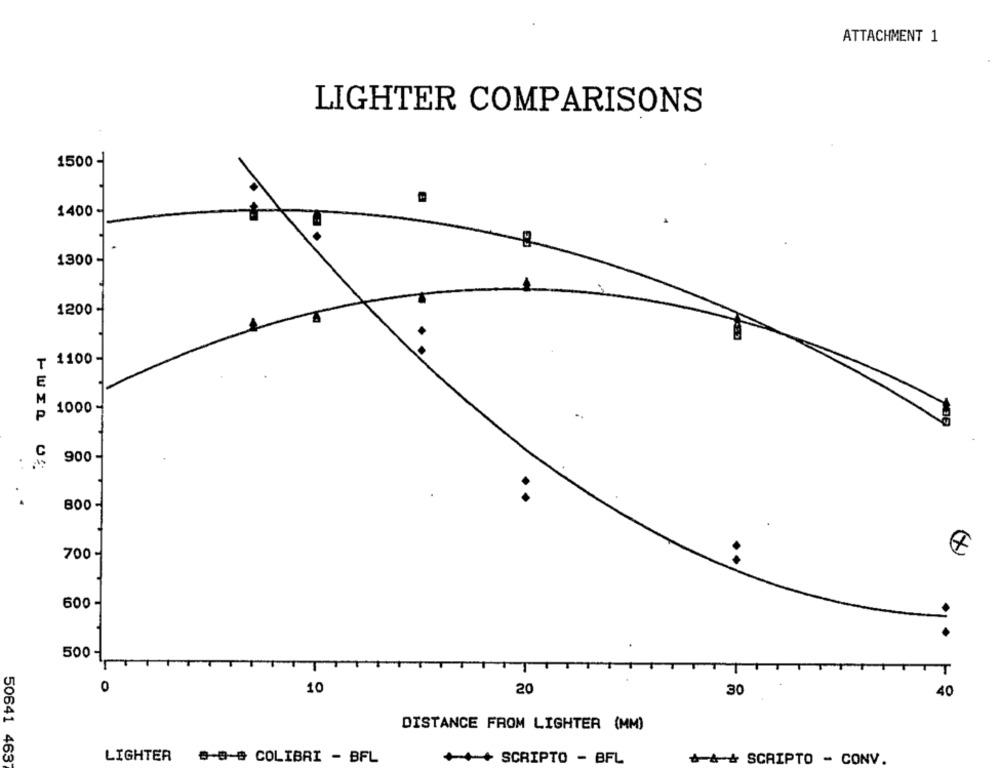
ATTACHMENT 1
LIGHTER COMPARISONS
1500 -
1400 -
1300 -
1200 -
1100
T
E
M
P
1000
900-
0:
800-
(+)
700-
600-
T
0
=0
10
20
40
30
DISTANCE FROM LIGHTER (MM)
50641 4637
LIGHTER
8-8-& COLIBRI - BFL
+++ SCRIPTO - BFL
4& SCRIPTO - CONV